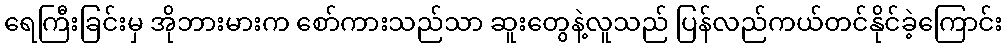
ရေကြီးခြင်းမှ အိုဘားမားက စော်ကားသည်သာ ဆူးတွေနဲ့လူသည် ပြန်လည်ကယ်တင်နိုင်ခဲ့ကြောင်း